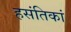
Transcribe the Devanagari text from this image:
हसंतिकां